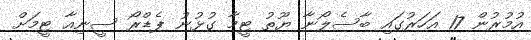
އުމުރުން 17 އަހަރުގައި ބާސެލޯނާ ޔޫތު ޓީމާ ގުޅުނު ޕެޑްރޯ ސީނިއާ ޓީމަށް